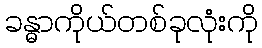
ခန္ဓာကိုယ်တစ်ခုလုံးကို